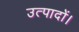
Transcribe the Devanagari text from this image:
उत्पादों।